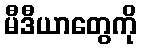
မီဒီယာတွေကို